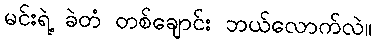
မင်းရဲ့ ခဲတံ တစ်ချောင်း ဘယ်လောက်လဲ။